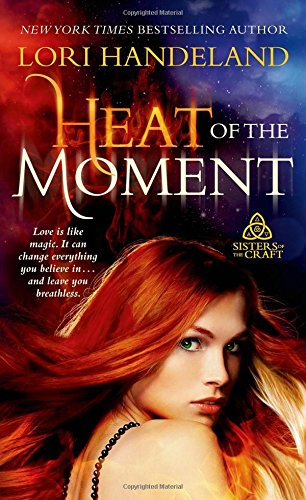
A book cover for Heat of the Moment (Sisters of the Craft); Lori Handeland; Romance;